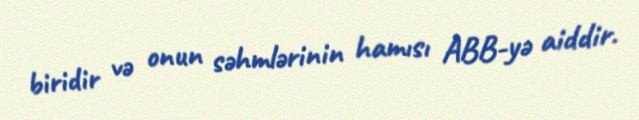
biridir və onun səhmlərinin hamısı ABB-yə aiddir.